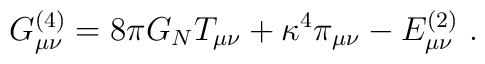
G^{(4)}_{\mu\nu} = 8\pi G_N T_{\mu\nu} + \kappa^4 \pi_{\mu\nu}        -  E^{(2)}_{\mu\nu}  \ .